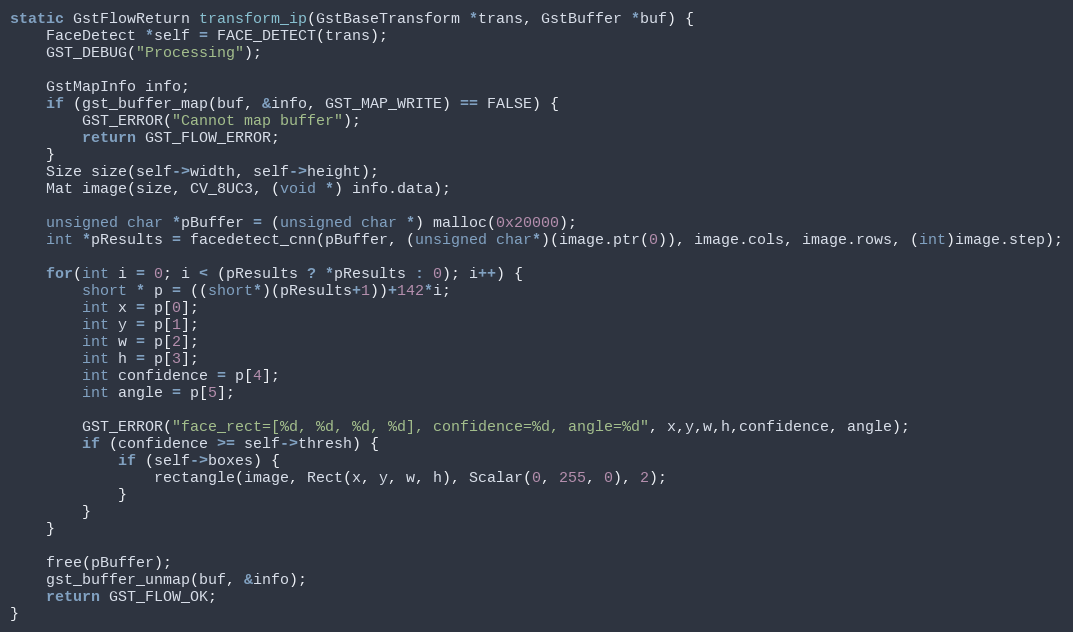
Language: C++
static GstFlowReturn transform_ip(GstBaseTransform *trans, GstBuffer *buf) {
    FaceDetect *self = FACE_DETECT(trans);
    GST_DEBUG("Processing");

    GstMapInfo info;
    if (gst_buffer_map(buf, &info, GST_MAP_WRITE) == FALSE) {
        GST_ERROR("Cannot map buffer");
        return GST_FLOW_ERROR;
    }
    Size size(self->width, self->height);
    Mat image(size, CV_8UC3, (void *) info.data);

    unsigned char *pBuffer = (unsigned char *) malloc(0x20000);
    int *pResults = facedetect_cnn(pBuffer, (unsigned char*)(image.ptr(0)), image.cols, image.rows, (int)image.step);

    for(int i = 0; i < (pResults ? *pResults : 0); i++) {
        short * p = ((short*)(pResults+1))+142*i;
        int x = p[0];
        int y = p[1];
        int w = p[2];
        int h = p[3];
        int confidence = p[4];
        int angle = p[5];

        GST_ERROR("face_rect=[%d, %d, %d, %d], confidence=%d, angle=%d", x,y,w,h,confidence, angle);
        if (confidence >= self->thresh) {
            if (self->boxes) {
                rectangle(image, Rect(x, y, w, h), Scalar(0, 255, 0), 2);
            }
        }
    }

    free(pBuffer);
    gst_buffer_unmap(buf, &info);
    return GST_FLOW_OK;
}